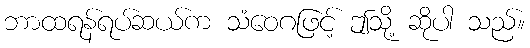
ဘာထရန်ရပ်ဆယ်က သံဝေဂဖြင့် ဤသို့ ဆိုပါ သည်။